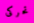
تحركى